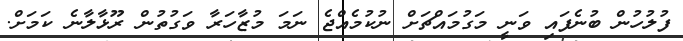
ފުލުހުން ބުނެފައި ވަނީ މަގުމައްޗަށް ނުކުމެއްޖެ ނަމަ މުޒާހަރާ ވަގުތުން ރޫޅާލާނެ ކަމަށް.